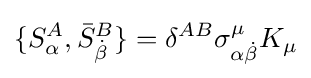
\{S_{\alpha }^{A},{\bar {S}}_{\dot {\beta }}^{B}\}=\delta ^{AB}\sigma _{\alpha {\dot {\beta }}}^{\mu }K_{\mu }